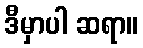
ဒီမှာပါ ဆရာ။